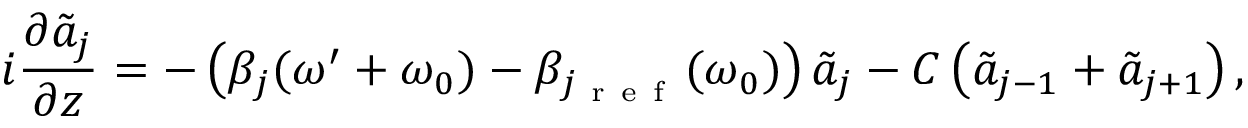
i \frac { \partial \tilde { a } _ { j } } { \partial z } = - \left( \beta _ { j } ( \omega ^ { \prime } + \omega _ { 0 } ) - \beta _ { j _ { \mathrm { ~ r ~ e ~ f ~ } } } ( \omega _ { 0 } ) \right) \tilde { a } _ { j } - C \left( \tilde { a } _ { j - 1 } + \tilde { a } _ { j + 1 } \right) ,